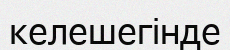
келешегінде